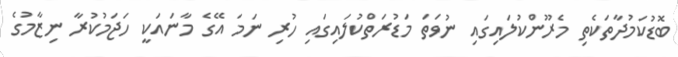
ބޮޑުކަމުދާތަކެތި މެރޫންކުލައިގައި ނުވަތަ މަޑުރަތްކުލައިގައި ހުރި ނަމަ އޭގެ މާނައަކީ ހަޖަމުކުރާ ނިޒާމުގެ